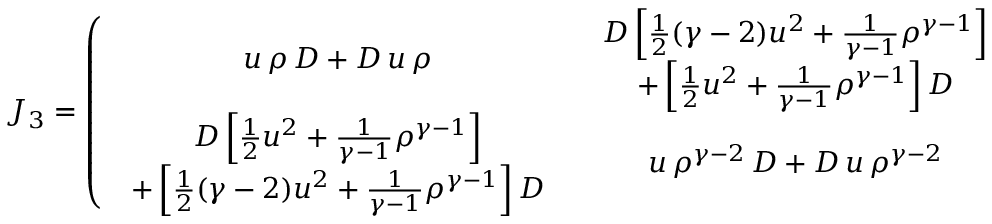
J _ { 3 } = \left( \begin{array} { c c } { { u \, \rho \, D + D \, u \, \rho } } & { { \begin{array} { c } { { D \left[ \frac { 1 } { 2 } ( \gamma - 2 ) u ^ { 2 } + \frac { 1 } { \gamma - 1 } \rho ^ { \gamma - 1 } \right] } } \\ { { + \left[ \frac { 1 } { 2 } u ^ { 2 } + \frac { 1 } { \gamma - 1 } \rho ^ { \gamma - 1 } \right] D } } \end{array} } } \\ { { \begin{array} { c } { { D \left[ \frac { 1 } { 2 } u ^ { 2 } + \frac { 1 } { \gamma - 1 } \rho ^ { \gamma - 1 } \right] } } \\ { { + \left[ \frac { 1 } { 2 } ( \gamma - 2 ) u ^ { 2 } + \frac { 1 } { \gamma - 1 } \rho ^ { \gamma - 1 } \right] D } } \end{array} } } & { { u \, \rho ^ { \gamma - 2 } \, D + D \, u \, \rho ^ { \gamma - 2 } } } \end{array} \right)